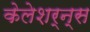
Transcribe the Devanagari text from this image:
केलेशर्न्स